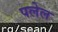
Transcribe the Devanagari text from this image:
पलेल